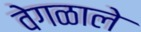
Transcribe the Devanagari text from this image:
वेगळाले